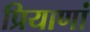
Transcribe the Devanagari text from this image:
प्रियाणां